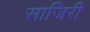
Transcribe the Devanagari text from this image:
साजिरी